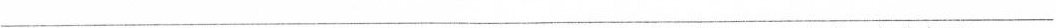
___